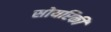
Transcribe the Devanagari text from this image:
सोयरिकी